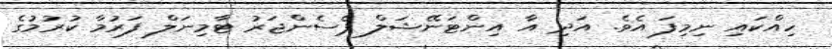
ހިއްކައި ނިމިފަ އެވެ. އަދި އާ އިންޓަނޭޝަލް ޕެސެންޖަރު ޓާމިނަލް ފަރުމާ ކުރުމުގެ